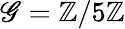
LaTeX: \mathscr{G}=\mathbb{{Z}}/5\mathbb{{Z}}